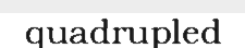
quadrupled